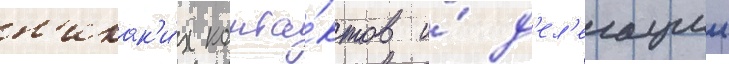
н'икак'и́х конта́ктов и́ д'ел'егации